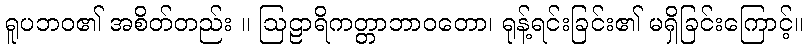
ရူပဘဝ၏ အစိတ်တည်း ။ ဩဠာရိကတ္တာဘာဝတော၊ ရုန့်ရင်းခြင်း၏ မရှိခြင်းကြောင့်။